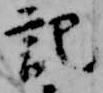
記